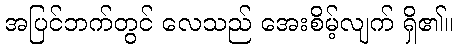
အပြင်ဘက်တွင် လေသည် အေးစိမ့်လျက် ရှိ၏။